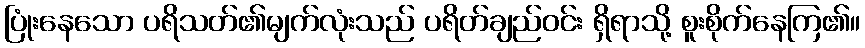
ပြုံးနေသော ပရိသတ်၏မျက်လုံးသည် ပရိတ်ချည်ဝင်း ရှိရာသို့ စူးစိုက်နေကြ၏။